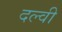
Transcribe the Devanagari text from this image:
दल्वी